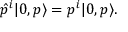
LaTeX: \hat { p } ^ { i } | 0 , p \rangle = p ^ { i } | 0 , p \rangle .